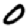
Digit: 0